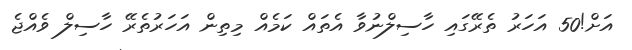
އަށް!50 އަހަރު ތެރޭގައި ހާސިލްނުވާ އެތައް ކަމެއް މިތިން އަހަރުތެރޭ ހާސިލް ވެއްޖެ